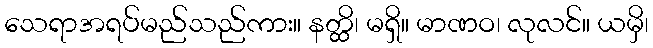
သေရာအရပ်မည်သည်ကား။ နတ္ထိ၊ မရှိ။ မာဏဝ၊ လုလင်။ ယမှိ၊